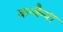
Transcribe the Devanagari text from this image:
कन्कैया